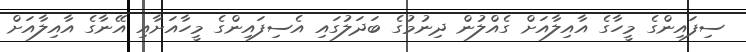
ސިފައިންގެ މީހާގެ އާއިލާއަށް ގެއްލުން ދިނުމުގެ ބަދަލުގައި އެސިފައިންގެ މީހާއަށާއި އޭނާގެ އާއިލާއަށް